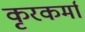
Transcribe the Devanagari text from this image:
कृरकर्मा